Report on the working of the Ranchi Indian Mental Hospital, Kanke, in Bihar and Orissa - 1930-1940
Year: 1930
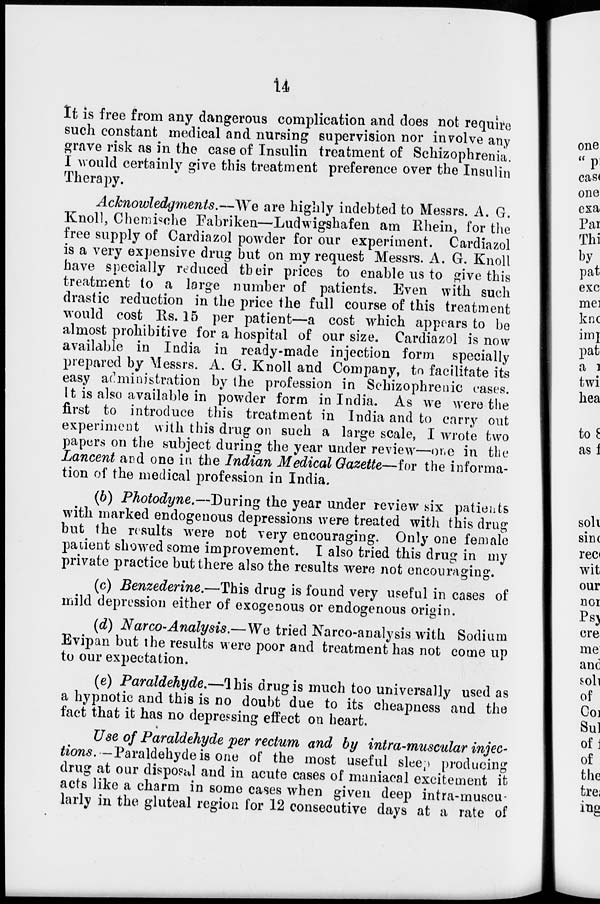
14
It is free from any dangerous complication and does not require
such constant medical and nursing supervision nor involve any
grave risk as in the case of Insulin treatment of Schizophrenia.
I would certainly give this treatment preference over the Insulin
Therapy.
Acknowledgments.—We are highly indebted to Messrs. A. G.
Knoll, Chemische Fabriken—Ludwigshafen am Rhein, for the
free supply of Cardiazol powder for our experiment. Cardiazol
is a very expensive drug but on my request Messrs. A. G. Knoll
have specially reduced their prices to enable us to give this
treatment to a large number of patients. Even with such
drastic reduction in the price the full course of this treatment
would cost Rs. 15 per patient—a cost which appears to be
almost prohibitive for a hospital of our size. Cardiazol is now
available in India in ready-made injection form specially
prepared by Messrs. A. G. Knoll and Company, to facilitate its
easy administration by the profession in Schizophrenic cases.
It is also available in powder form in India. As we were the
first to introduce this treatment in India and to carry out
experiment with this drug on such a large scale, I wrote two
papers on the subject during the year under review—one in the
Lancent and one in the Indian Medical Gazette—for the informa-
tion of the medical profession in India.
(b) Photodyne.—During the year under review six patients
with marked endogenous depressions were treated with this drug
but the results were not very encouraging. Only one female
patient showed some improvement. I also tried this drug in my
private practice but there also the results were not encouraging.
(c) Benzederine.—This drug is found very useful in cases of
mild depression either of exogenous or endogenous origin.
(d) Narco-Analysis.—We tried Narco-analysis with Sodium
Evipan but the results were poor and treatment has not come up
to our expectation.
(e) Paraldehyde.—This drug is much too universally used as
a hypnotic and this is no doubt due to its cheapness and the
fact that it has no depressing effect on heart.
Use of Paraldehyde per rectum and by intra-muscular injec-
tions. — Paraldehyde is one of the most useful sleep producing
drug at our disposal and in acute cases of maniacal excitement it
acts like a charm in some cases when given deep intra-muscu-
larly in the gluteal region for 12 consecutive days at a rate of